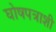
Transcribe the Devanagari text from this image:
घोषपत्राशी